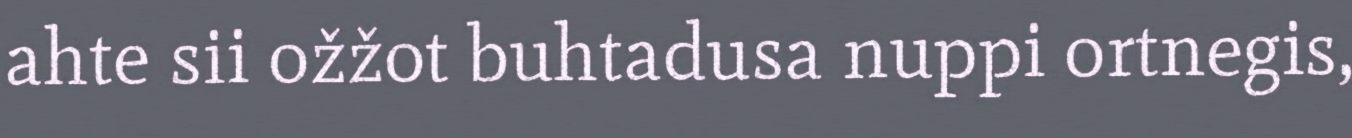
ahte sii ožžot buhtadusa nuppi ortnegis,